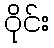
ဝိုင်း